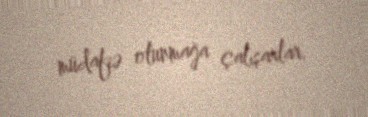
müdafiə olunmağa çalışarlar.